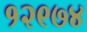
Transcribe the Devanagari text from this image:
१२९७४